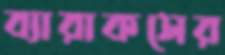
ব্যারাকসের